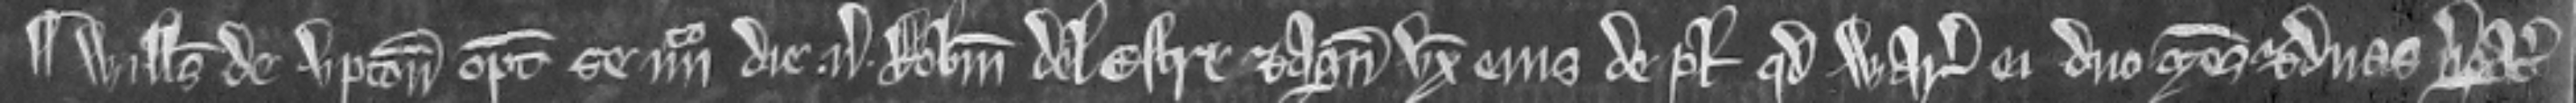
¶ Willelmus de Upton optulit se iiito die versus Robertum del Estre et Agnetem uxorem ejus de placito quod warantizent ei duo mesuagia et duas virgatas